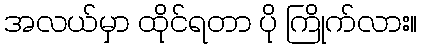
အလယ်မှာ ထိုင်ရတာ ပို ကြိုက်လား။